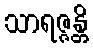
သာရဇ္ဇန္တိ